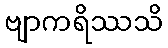
ဗျာကရိဿသိ